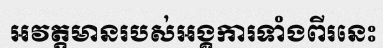
អវត្តមានរបស់អង្គការទាំងពីរនេះ